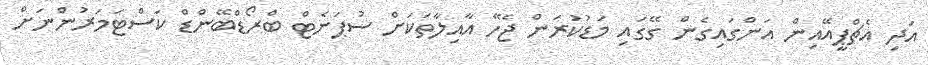
އަދި އެޗްޕީއޭއިން އަންގައިގެން ގޭގައި މަޑުކުރަން ޖެހޭ އާއިލާތަކަށް ސުޕަނެޓް ބްރޯޑްބޭންޑް ކަސްޓަމަރުންނަށް